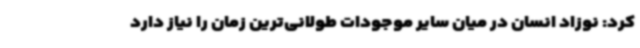
کرد: نوزاد انسان در میان سایر موجودات طولانی‌ترین زمان را نیاز دارد